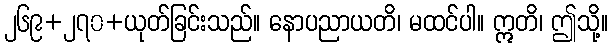
၂၆၉+၂၇၀+ယုတ်ခြင်းသည်။ နောပညာယတိ၊ မထင်ပါ။ ဣတိ၊ ဤသို့။